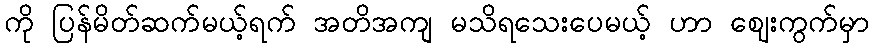
ကို ပြန်မိတ်ဆက်မယ့်ရက် အတိအကျ မသိရသေးပေမယ့် ဟာ ဈေးကွက်မှာ